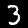
Digit: 3